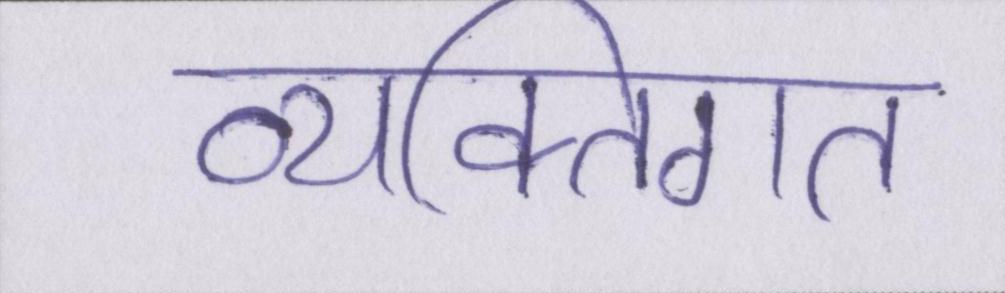
व्यक्तिगत